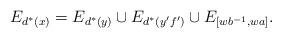
LaTeX: \begin{align*}E_{d^*(x)} = E_{d^*(y)} \cup E_{d^*(y'f')} \cup E_{[wb^{-1}, wa]}.\end{align*}